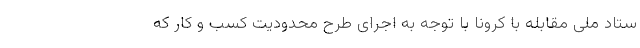
ستاد ملی مقابله با کرونا با توجه به اجرای طرح محدودیت کسب و کار که